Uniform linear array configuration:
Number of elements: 12
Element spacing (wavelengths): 0.75
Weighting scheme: kaiser
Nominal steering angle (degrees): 0
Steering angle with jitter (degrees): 1.846
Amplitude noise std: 0.05
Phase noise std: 0.05

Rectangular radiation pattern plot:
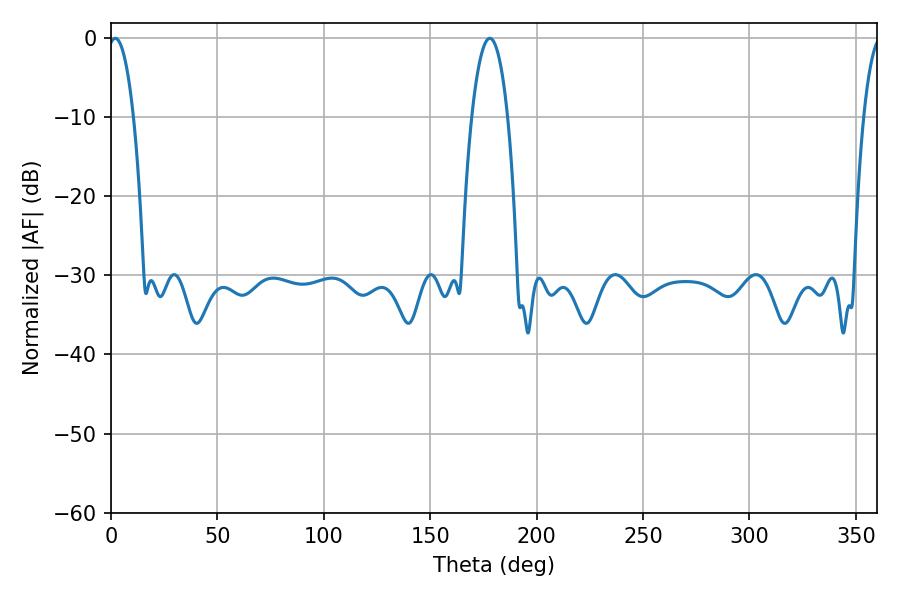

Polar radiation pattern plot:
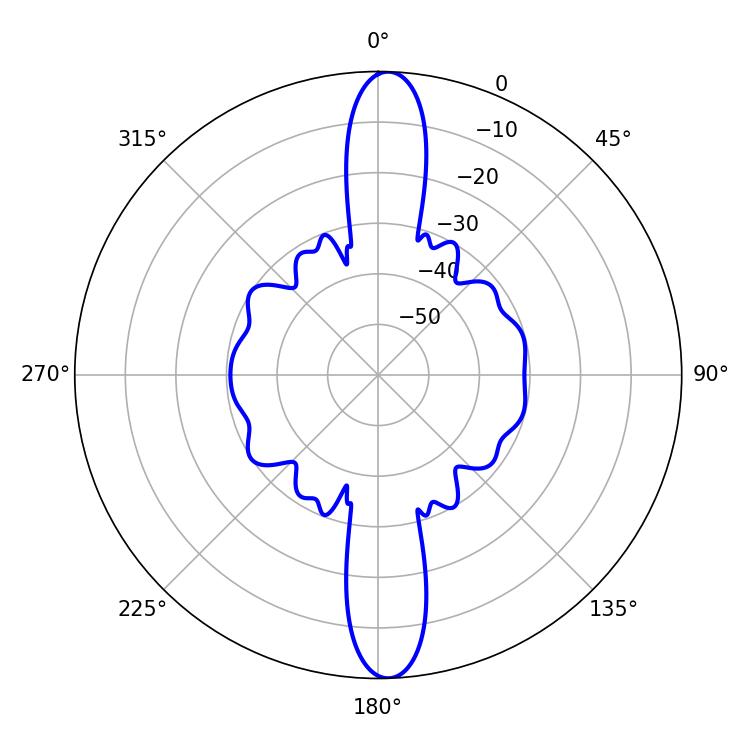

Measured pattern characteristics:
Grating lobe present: TRUE
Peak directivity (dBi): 22.02
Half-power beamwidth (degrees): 6.66
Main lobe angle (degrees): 1.98